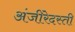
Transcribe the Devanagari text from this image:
अंजीरेदस्ती